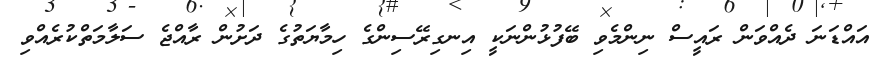
އައްޑަނަ ދެއްވަން ރައީސް ނިންމެވި ބޭފުޅުންނަކީ އިނގިރޭސިންގެ ހިމާޔަތުގެ ދަށުން ރާއްޖެ ސަލާމަތްކުރެއްވި